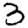
Digit: 3